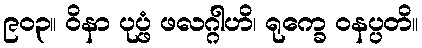
၉၀၃။ ဝိနာ ပုပ္ဖံ ဖလဂ္ဂါဟိ၊ ရုက္ခေ ဝနပ္ပတိ။